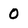
Character: 0